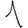
Digit: 1